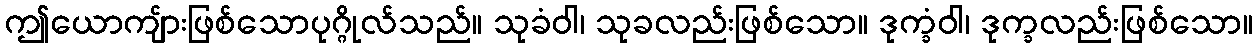
ဤယောကျ်ားဖြစ်သောပုဂ္ဂိုလ်သည်။ သုခံဝါ၊ သုခလည်းဖြစ်သော။ ဒုက္ခံဝါ၊ ဒုက္ခလည်းဖြစ်သော။